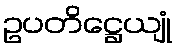
ဥပတိဋ္ဌေယျုံ